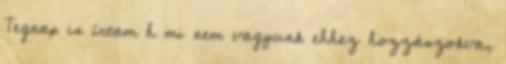
Tegnap is írtam h mi nem vagyunk ehhez hozzászokva,